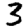
Digit: 3